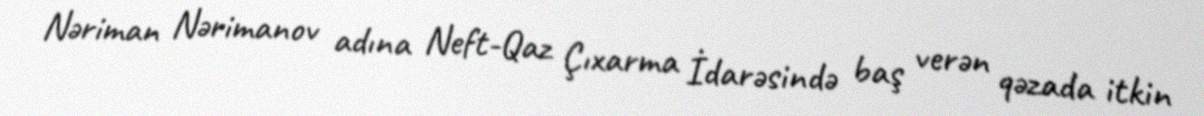
Nəriman Nərimanov adına Neft-Qaz Çıxarma İdarəsində baş verən qəzada itkin